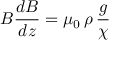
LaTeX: B { \frac { d B } { d z } } = \mu _ { 0 } \, \rho \, { \frac { g } { \chi } }